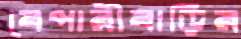
বেপারীবাড়ির